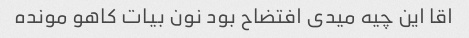
اقا این چیه میدی افتضاح بود نون بیات کاهو مونده